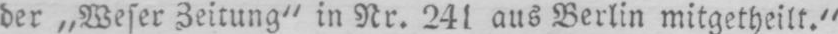
der „Weser Zeitung“ in Nr. 241 aus Berlin mitgetheilt.“